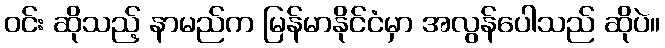
ဝင်း ဆိုသည့် နာမည်က မြန်မာနိုင်ငံမှာ အလွန်ပေါသည် ဆိုပဲ။